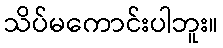
သိပ်မကောင်းပါဘူး။